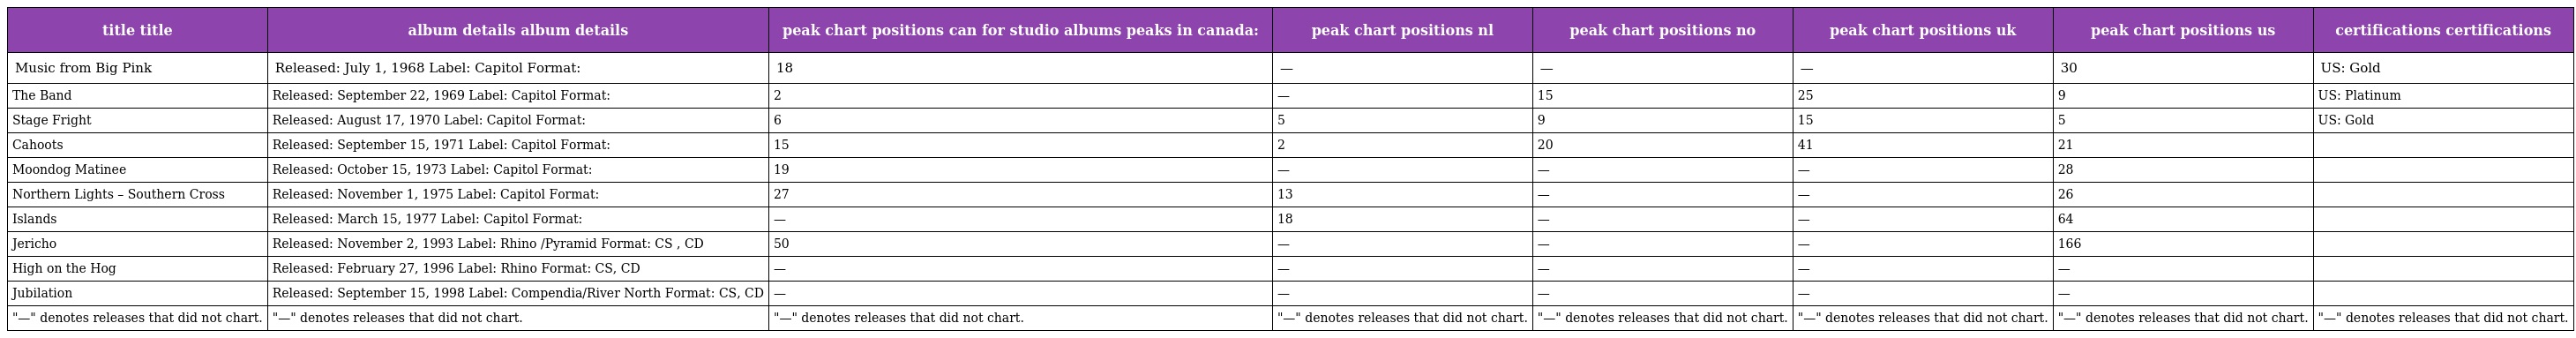
| title title | album details album details | peak chart positions can for studio albums peaks in canada: | peak chart positions nl | peak chart positions no | peak chart positions uk | peak chart positions us | certifications certifications |
 | --- | --- | --- | --- | --- | --- | --- | --- |
 | Music from Big Pink | Released: July 1, 1968 Label: Capitol Format: | 18 | — | — | — | 30 | US: Gold |
 | The Band | Released: September 22, 1969 Label: Capitol Format: | 2 | — | 15 | 25 | 9 | US: Platinum |
 | Stage Fright | Released: August 17, 1970 Label: Capitol Format: | 6 | 5 | 9 | 15 | 5 | US: Gold |
 | Cahoots | Released: September 15, 1971 Label: Capitol Format: | 15 | 2 | 20 | 41 | 21 |  |
 | Moondog Matinee | Released: October 15, 1973 Label: Capitol Format: | 19 | — | — | — | 28 |  |
 | Northern Lights – Southern Cross | Released: November 1, 1975 Label: Capitol Format: | 27 | 13 | — | — | 26 |  |
 | Islands | Released: March 15, 1977 Label: Capitol Format: | — | 18 | — | — | 64 |  |
 | Jericho | Released: November 2, 1993 Label: Rhino /Pyramid Format: CS , CD | 50 | — | — | — | 166 |  |
 | High on the Hog | Released: February 27, 1996 Label: Rhino Format: CS, CD | — | — | — | — | — |  |
 | Jubilation | Released: September 15, 1998 Label: Compendia/River North Format: CS, CD | — | — | — | — | — |  |
 | "—" denotes releases that did not chart. | "—" denotes releases that did not chart. | "—" denotes releases that did not chart. | "—" denotes releases that did not chart. | "—" denotes releases that did not chart. | "—" denotes releases that did not chart. | "—" denotes releases that did not chart. | "—" denotes releases that did not chart. |